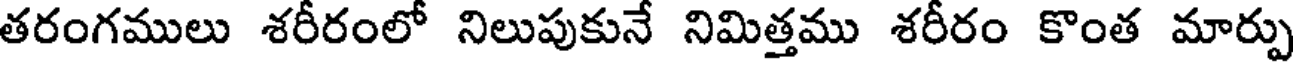
తరంగములు శరీరంలో నిలుపుకునే నిమిత్తము శరీరం కొంత మార్పు